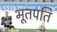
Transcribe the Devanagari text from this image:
भूतपति